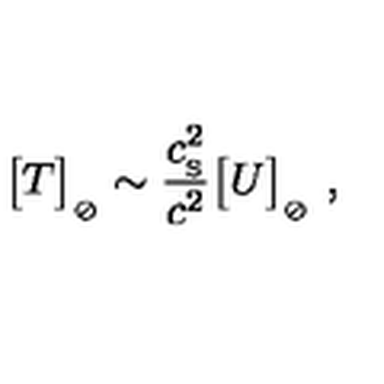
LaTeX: \big [ T \big ] _ { _ { \oslash } } \sim { \frac { c _ { _ \mathrm { S } } ^ { 2 } } { c ^ { 2 } } } \big [ U \big ] _ { _ { \oslash } } \ ,